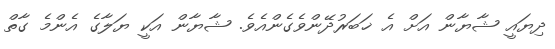
ދިޔައީ ޝާޔާން އަށް އެ ޚަބަރުދޭންވެގެންއެވެ. ޝާޔާން އަކީ ޔަލާގެ އެންމެ ގާތް